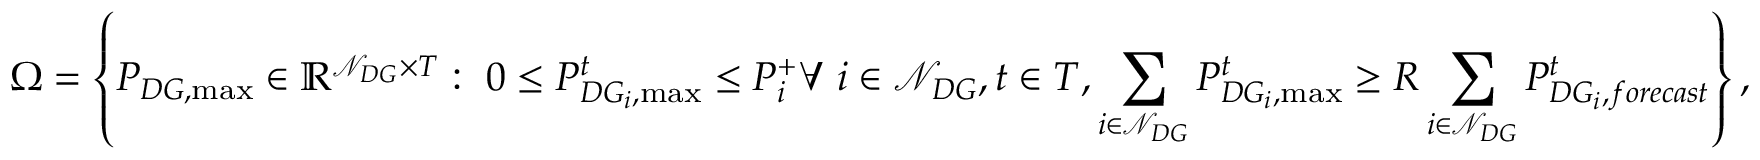
\Omega = \left\{ P _ { D G , \mathrm { m a x } } \in \mathbb { R } ^ { \mathcal { N } _ { D G } \times T } : \ 0 \leq P _ { D G _ { i } , \mathrm { m a x } } ^ { t } \leq P _ { i } ^ { + } \forall \ i \in \mathcal { N } _ { D G } , t \in T , \sum _ { i \in \mathcal { N } _ { D G } } P _ { D G _ { i } , \mathrm { m a x } } ^ { t } \geq R \sum _ { i \in \mathcal { N } _ { D G } } P _ { D G _ { i } , f o r e c a s t } ^ { t } \right\} ,